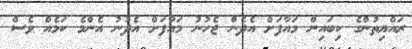
ރައްޔިތުންގެ ކިބައިން މައާފަށް އެދެން ޖެހުނު މައާފަށް އެދުނު އެންމެ ކަމެއް ވެސް